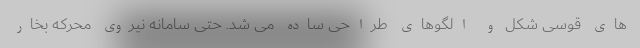
های قوسی شکل و الگوهای طراحی ساده می شد. حتی سامانه نیروی محرکه بخار